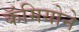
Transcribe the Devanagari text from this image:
कॅमियोने